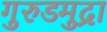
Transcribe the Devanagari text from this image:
गुरुडमुद्रा